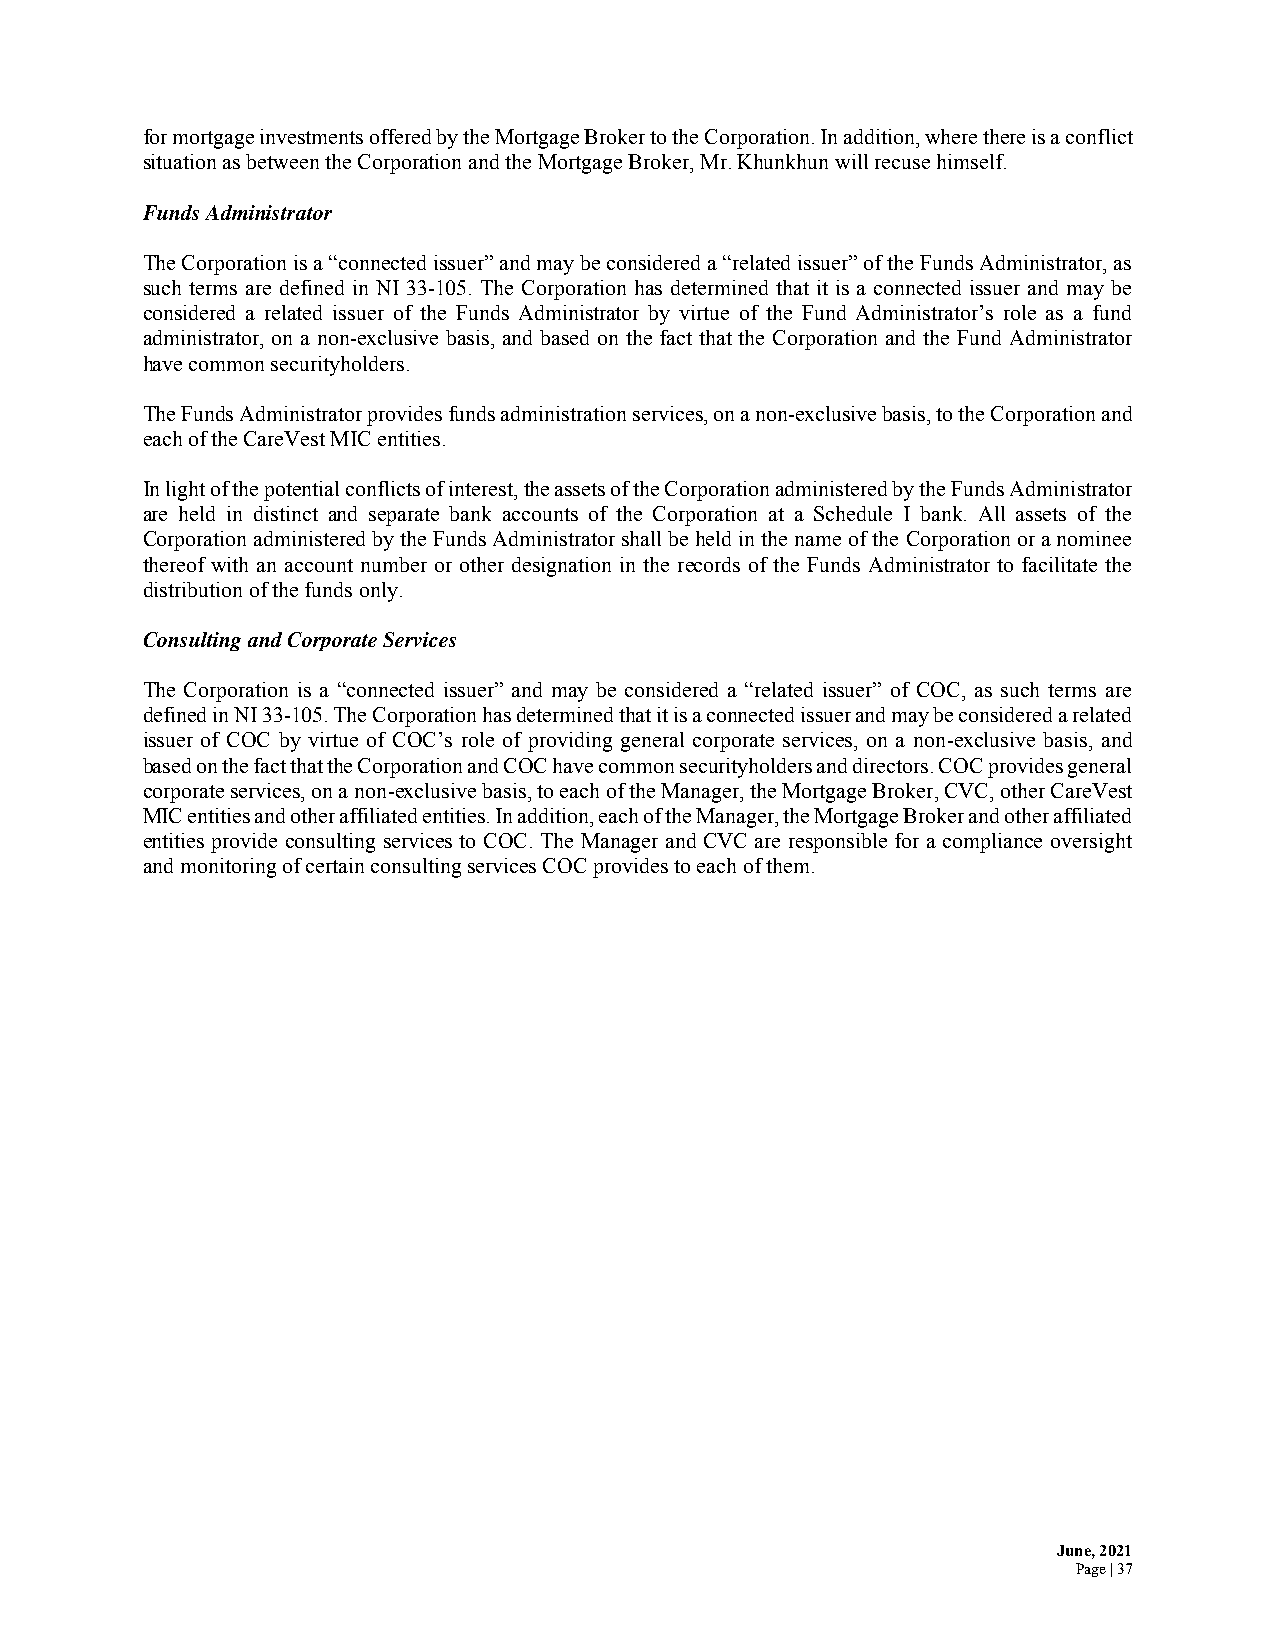
for mortgage investments offered by the Mortgage Broker to the Corporation. In addition, where there is a conflict
 situation as between the Corporation and the Mortgage Broker, Mr. Khunkhun will recuse himself.
 Funds Administrator
 The Corporation is a “connected issuer” and may be considered a “related issuer” of the Funds Administrator, as
 such terms are defined in NI 33-105. The Corporation has determined that it is a connected issuer and may be
 considered a related issuer of the Funds Administrator by virtue of the Fund Administrator’s role as a fund
 administrator, on a non-exclusive basis, and based on the fact that the Corporation and the Fund Administrator
 have common securityholders.
 The Funds Administrator provides funds administration services, on a non-exclusive basis, to the Corporation and
 each of the CareVest MIC entities.
 In light of the potential conflicts of interest, the assets of the Corporation administered by the Funds Administrator
 are held in distinct and separate bank accounts of the Corporation at a Schedule I bank. All assets of the
 Corporation administered by the Funds Administrator shall be held in the name of the Corporation or a nominee
 thereof with an account number or other designation in the records of the Funds Administrator to facilitate the
 distribution of the funds only.
 Consulting and Corporate Services
 The Corporation is a “connected issuer” and may be considered a “related issuer” of COC, as such terms are
 defined in NI 33-105. The Corporation has determined that it is a connected issuer and may be considered a related
 issuer of COC by virtue of COC’s role of providing general corporate services, on a non-exclusive basis, and
 based on the fact that the Corporation and COC have common securityholders and directors. COC provides general
 corporate services, on a non-exclusive basis, to each of the Manager, the Mortgage Broker, CVC, other CareVest
 MIC entities and other affiliated entities. In addition, each of the Manager, the Mortgage Broker and other affiliated
 entities provide consulting services to COC. The Manager and CVC are responsible for a compliance oversight
 and monitoring of certain consulting services COC provides to each of them.
 June, 2021
 Page | 37